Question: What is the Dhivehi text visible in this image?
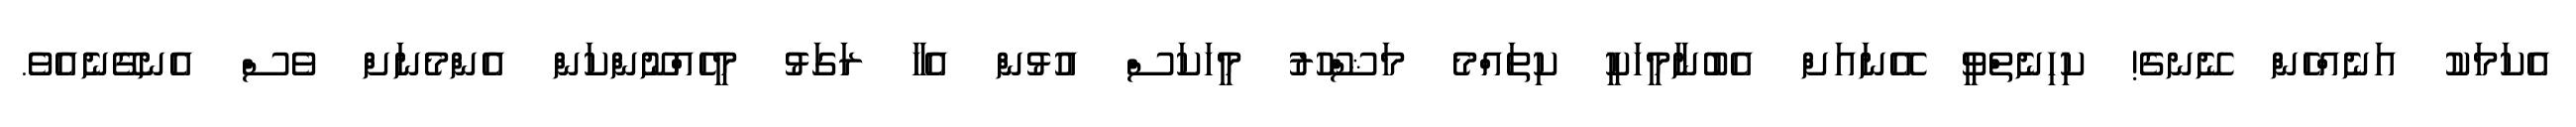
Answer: އެކަމަކު އަނެއްހެން ނޭނގެ! ކިހިނެތްވީ އޭނައަށް އެބުނާމީހަކީ ކިތައްމެ މަޝްހޫރު މީހަކަސް އުޅުން އެހާ ރަގަޅު މީހެއްނޫންކަން އެންމެނަށް ވެސް އެނގޭނެއެވެ.